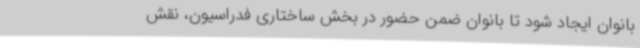
بانوان ایجاد شود تا بانوان ضمن حضور در بخش ساختاری فدراسیون، نقش